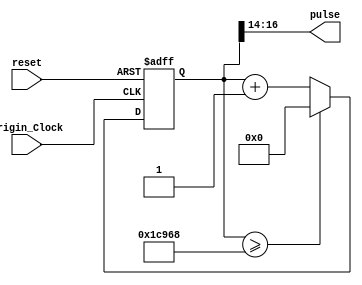
`timescale 1ns / 1ps
//////////////////////////////////////////////////////////////////////////////////
// Company: 
// Engineer: 
// 
// Design Name: 
// Module Name: SegmentPulse
// Project Name: 
// Target Devices: 
// Tool Versions: 
// Description: 
// 
// Dependencies: 
// 
// Revision:
// Revision 0.01 - File Created
// Additional Comments:
// 
//////////////////////////////////////////////////////////////////////////////////


module SegmentPulse(input Origin_Clock, input reset, output [2 : 0] pulse);
	 
	 reg [17:0] count;
     always @(posedge Origin_Clock or posedge reset)
     begin
     	if (reset)
     		count <= 'd0;  		
		else 
		begin
			if(count >= 'd117096)
     			count	<= 'd0;
     		else
     			count	<= count + 'd1;
     	end
     end
     assign	pulse = count[16 : 14];
endmodule